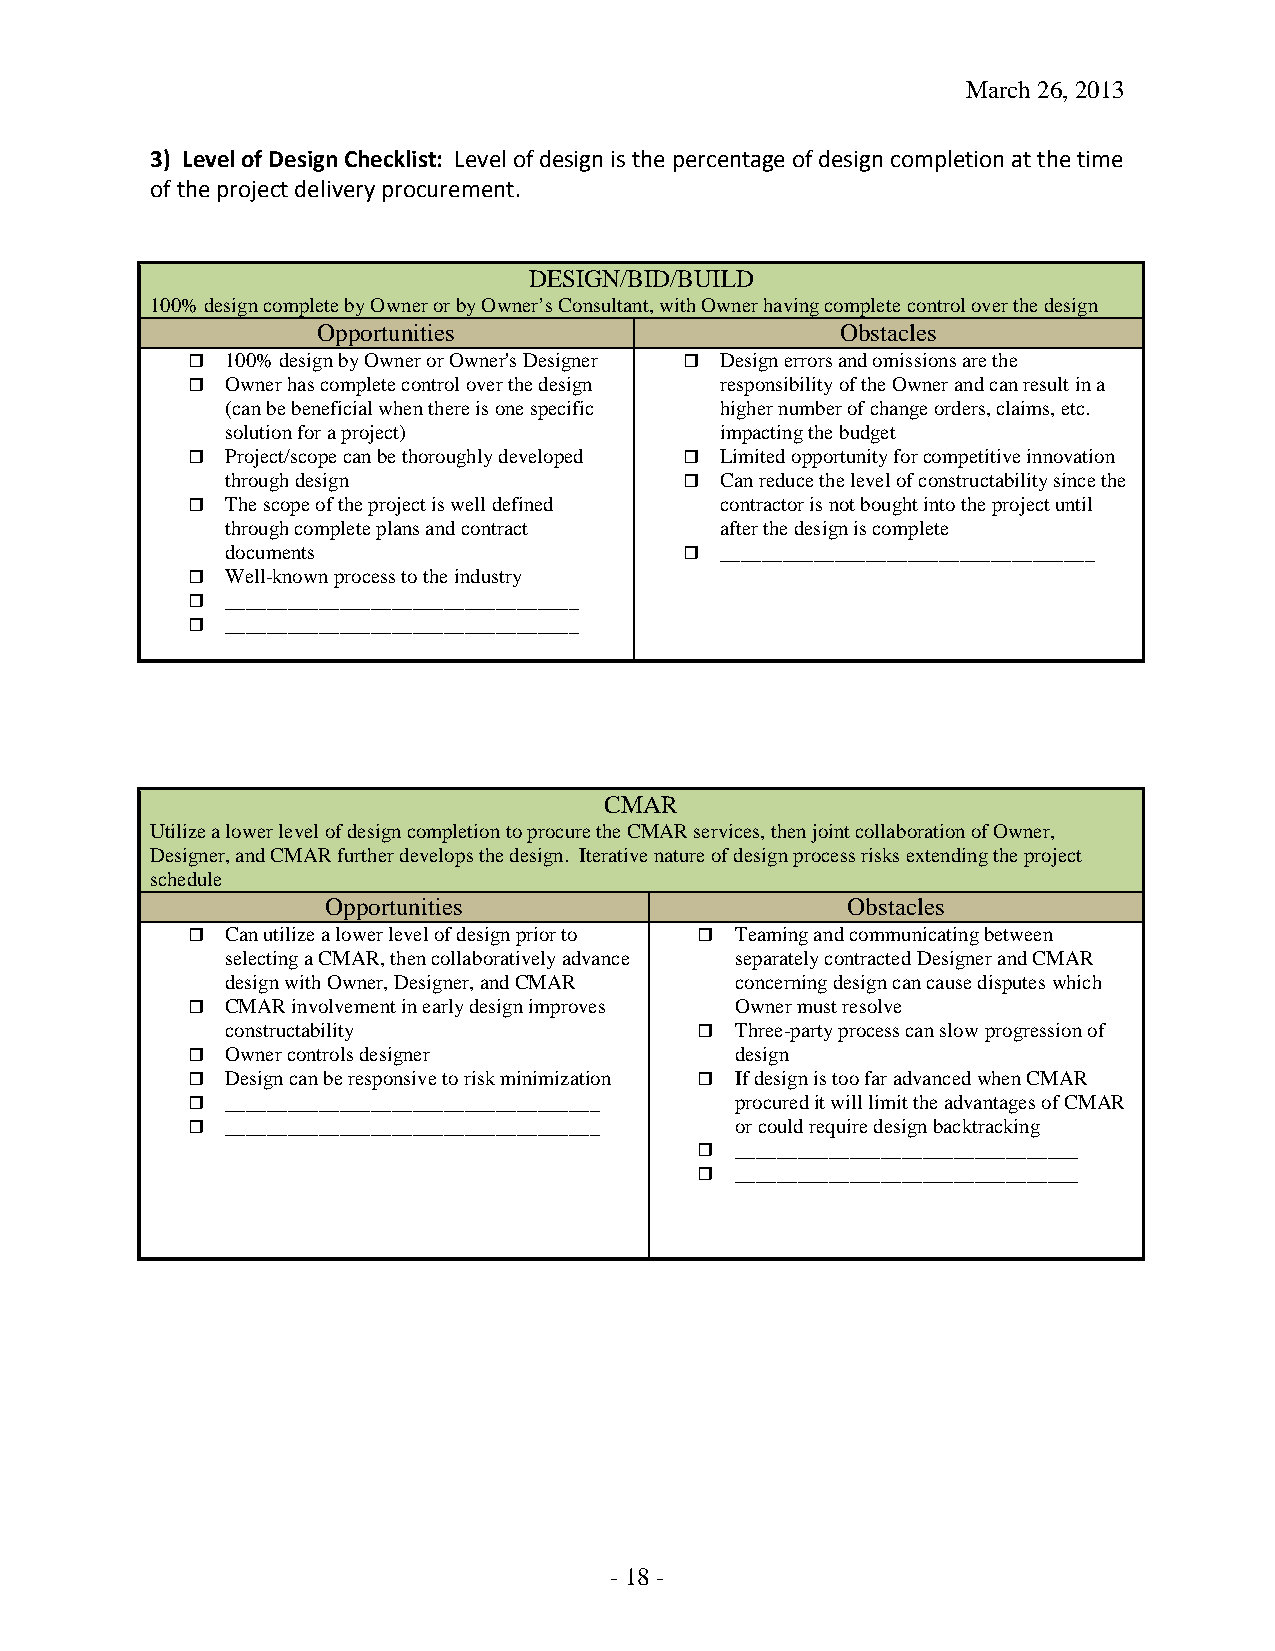
March 26, 2013
 3) Level of Design Checklist: Level of design is the percentage of design completion at the time
 of the project delivery procurement.
 DESIGN/BID/BUILD
 100% design complete by Owner or by Owner’s Consultant, with Owner having complete control over the design
 Opportunities                      Obstacles
   100% design by Owner or Owner's Designer  Design errors and omissions are the
   Owner has complete control over the design responsibility of the Owner and can result in a
 (can be beneficial when there is one specific higher number of change orders, claims, etc.
 solution for a project)          impacting the budget
   Project/scope can be thoroughly developed  Limited opportunity for competitive innovation
 through design                  Can reduce the level of constructability since the
   The scope of the project is well defined contractor is not bought into the project until
 through complete plans and contract after the design is complete
 documents                       ____________________________________
   Well-known process to the industry
   __________________________________
   __________________________________
 CMAR
 Utilize a lower level of design completion to procure the CMAR services, then joint collaboration of Owner,
 Designer, and CMAR further develops the design. Iterative nature of design process risks extending the project
 schedule
 Opportunities                     Obstacles
   Can utilize a lower level of design prior to  Teaming and communicating between
 selecting a CMAR, then collaboratively advance separately contracted Designer and CMAR
 design with Owner, Designer, and CMAR concerning design can cause disputes which
   CMAR involvement in early design improves Owner must resolve
 constructability                 Three-party process can slow progression of
   Owner controls designer           design
   Design can be responsive to risk minimization  If design is too far advanced when CMAR
   ____________________________________ procured it will limit the advantages of CMAR
   ____________________________________ or could require design backtracking
   _________________________________
   _________________________________
 - 18 -